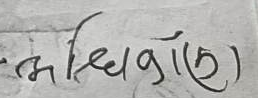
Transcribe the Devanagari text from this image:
सधैंकाँ(२)